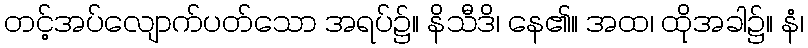
တင့်အပ်လျောက်ပတ်သော အရပ်၌။ နိသီဒိ၊ နေ၏။ အထ၊ ထိုအခါ၌။ နံ၊